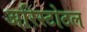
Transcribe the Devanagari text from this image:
अरिस्टोटल